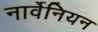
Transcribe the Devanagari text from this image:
नार्वेनियन